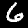
Label: 6